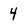
Character: 4